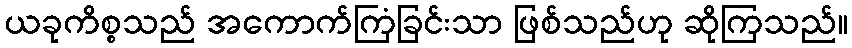
ယခုကိစ္စသည် အကောက်ကြံခြင်းသာ ဖြစ်သည်ဟု ဆိုကြသည်။